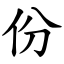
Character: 份